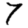
Digit: 7